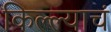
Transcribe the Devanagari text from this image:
किल्ल्याचं